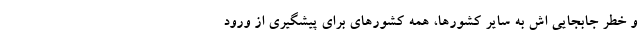
و خطر جابجایی اش به سایر کشورها، همه کشورهای برای پیشگیری از ورود